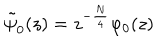
\tilde { \psi } _ { 0 } ( z ) = z ^ { - \frac N 4 } \varphi _ { 0 } ( z )